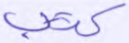
كتب